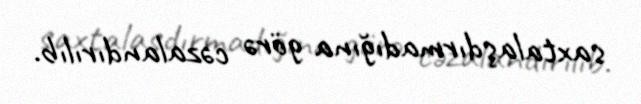
saxtalaşdırmadığına görə cəzalandırılıb.